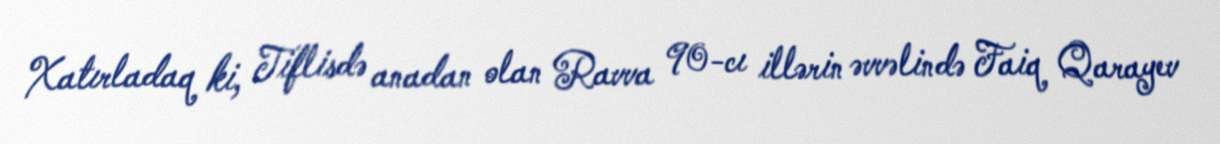
Xatırladaq ki, Tiflisdə anadan olan Ravva 90-cı illərin əvvəlində Faiq Qarayev